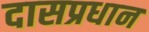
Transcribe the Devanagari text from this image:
दासप्रधान